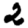
Digit: 2